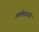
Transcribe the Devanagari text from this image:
अर्घमागधी